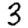
Digit: 3